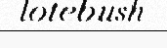
lotebush